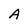
Character: A